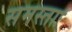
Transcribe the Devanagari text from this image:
समस्ताः